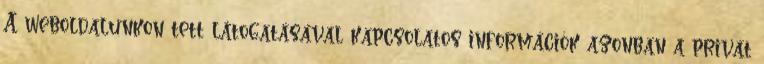
A weboldalunkon tett látogatásával kapcsolatos információk azonban a privát